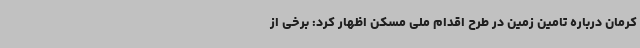
کرمان درباره تامین زمین در طرح اقدام ملی مسکن اظهار کرد: برخی از